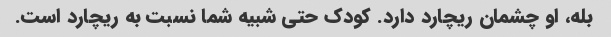
بله، او چشمان ریچارد دارد. کودک حتی شبیه شما نسبت به ریچارد است.